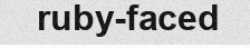
ruby-faced